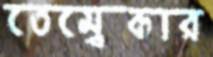
তেম্বেকার